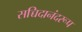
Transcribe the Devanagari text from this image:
सच्चिदानंदरूप